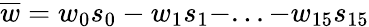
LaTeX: \overline{{w}}=w_{0}s_{0}-w_{1}s_{1}-...-w_{15}s_{15}